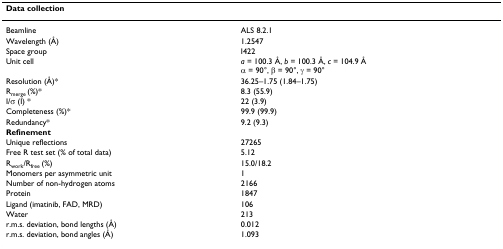
<table><thead><tr><td><b>Data collection</b></td><td></td></tr></thead><tbody><tr><td>Beamline</td><td>ALS 8.2.1</td></tr><tr><td>Wavelength (Å)</td><td>1.2547</td></tr><tr><td>Space group</td><td>I422</td></tr><tr><td>Unit cell</td><td><i>a </i>= 100.3 Å, <i>b </i>= 100.3 Å, <i>c </i>= 104.9 Åα = 90°, β = 90°, γ = 90°</td></tr><tr><td>Resolution (Å)*</td><td>36.25–1.75 (1.84–1.75)</td></tr><tr><td>R<sub>merge </sub>(%)*</td><td>8.3 (55.9)</td></tr><tr><td>I/σ (I) *</td><td>22 (3.9)</td></tr><tr><td>Completeness (%)*</td><td>99.9 (99.9)</td></tr><tr><td>Redundancy*</td><td>9.2 (9.3)</td></tr><tr><td><b>Refinement</b></td><td></td></tr><tr><td>Unique reflections</td><td>27265</td></tr><tr><td>Free R test set (% of total data)</td><td>5.12</td></tr><tr><td>R<sub>work</sub>/R<sub>free </sub>(%)</td><td>15.0/18.2</td></tr><tr><td>Monomers per asymmetric unit</td><td>1</td></tr><tr><td>Number of non-hydrogen atoms</td><td>2166</td></tr><tr><td>Protein</td><td>1847</td></tr><tr><td>Ligand (imatinib, FAD, MRD)</td><td>106</td></tr><tr><td>Water</td><td>213</td></tr><tr><td>r.m.s. deviation, bond lengths (Å)</td><td>0.012</td></tr><tr><td>r.m.s. deviation, bond angles (Å)</td><td>1.093</td></tr></tbody></table>